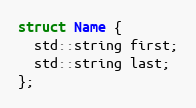
Language: C++
struct Name {
  std::string first;
  std::string last;
};